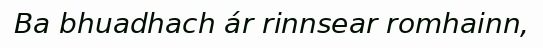
Ba bhuadhach ár rinnsear romhainn,